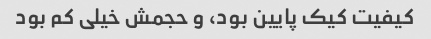
کیفیت کیک پایین بود، و حجمش خیلی کم بود